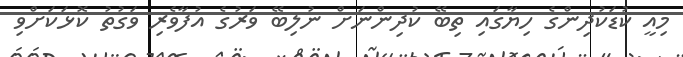
މިއީ ކުޑަކުދިންގެ ހިޔާގައި ތިބޭ ކުދިންނަށް ނުލިބޭ ވަރުގެ އުފާވެރި ވަގުތު ކޮޅަކަށްވި